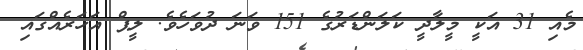
މެއި 31 އަކީ މީލާދީ ކަލަންޑަރުގެ 151 ވަނަ ދުވަހެވެ. ލީޕް އަހަރެއްގައި